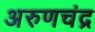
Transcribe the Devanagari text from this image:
अरुणचंद्र